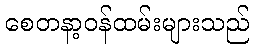
စေတနာ့ဝန်ထမ်းများသည်